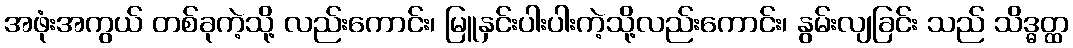
အဖုံးအကွယ် တစ်ခုကဲ့သို့ လည်းကောင်း၊ မြူနှင်းပါးပါးကဲ့သို့လည်းကောင်း၊ နွမ်းလျခြင်း သည် သိဒ္ဓတ္ထ